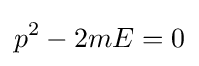
p^{2}-2mE=0